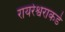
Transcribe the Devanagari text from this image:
रायरेश्वराकडे